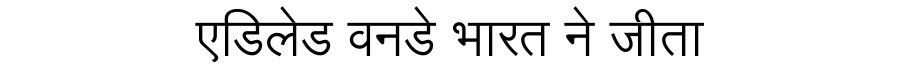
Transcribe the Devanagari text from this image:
एडिलेड वनडे भारत ने जीता